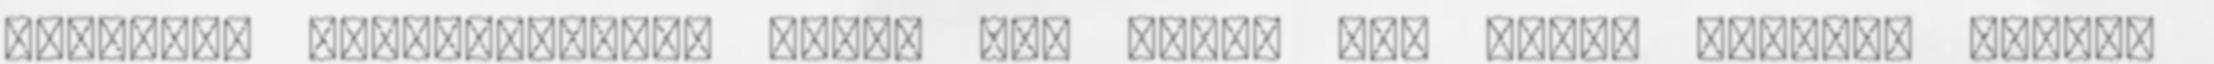
helyett. Fél-Édes-Élet Főzni jó. Sütni még jobb. Főzzünk együtt